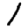
Digit: 1